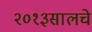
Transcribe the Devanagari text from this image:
२०१३सालचेे